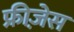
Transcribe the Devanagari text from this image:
फ्रीज़ेस